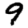
Digit: 9